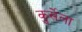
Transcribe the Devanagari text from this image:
कुर्सेला